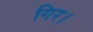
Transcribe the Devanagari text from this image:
गिर।